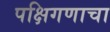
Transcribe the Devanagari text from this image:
पक्षिगणाचा